Lunatic asylums Bombay report 1891-1903 - 1891-1903
Year: 1891
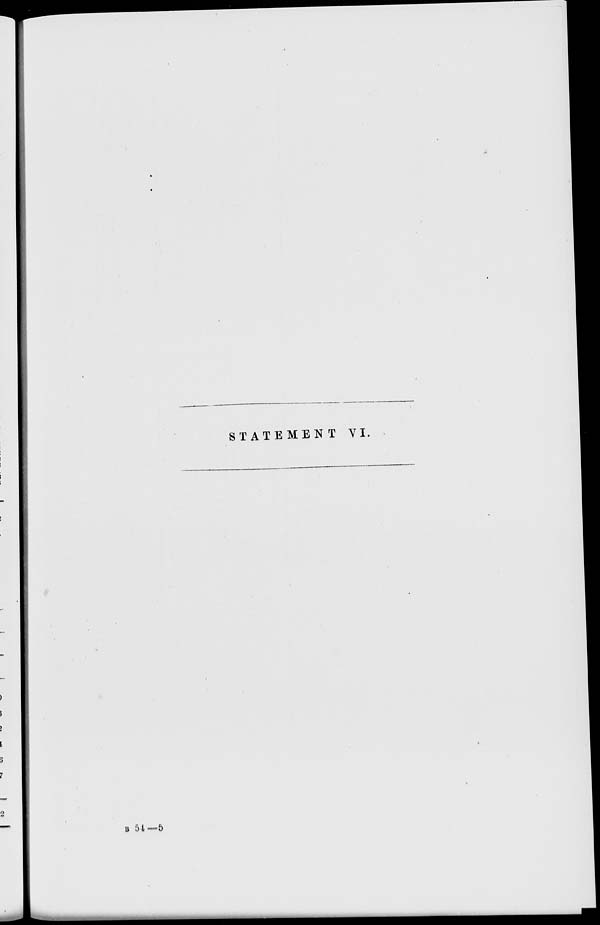
STATEMENT VI.
B 54—5